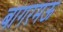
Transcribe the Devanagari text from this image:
बागरमऊ